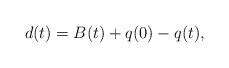
LaTeX: \begin{align*} d(t)=B(t)+q(0)-q(t),\end{align*}